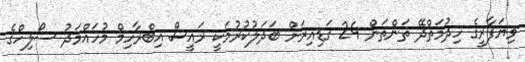
ވިޔަފާރީގެ ހިދުމަތްދޭ ތަންތަން 24 ގަޑިއިރަށް ބަދަލުކުރުމަކީ ރައީސް އިބްރާހިމް މުހައްމަދު ސޯލިހްގެ